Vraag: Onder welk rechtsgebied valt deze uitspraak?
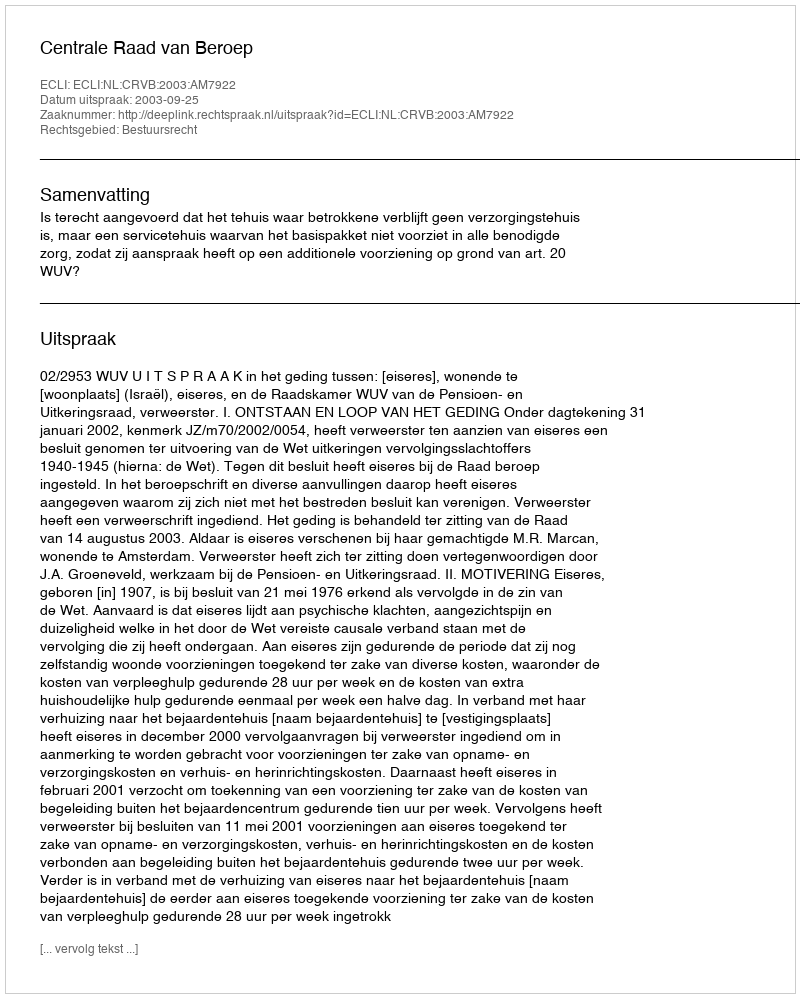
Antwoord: Bestuursrecht